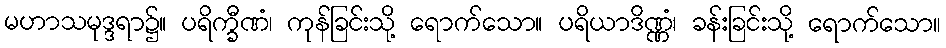
မဟာသမုဒ္ဒရာ၌။ ပရိက္ခီဏံ၊ ကုန်ခြင်းသို့ ရောက်သော။ ပရိယာဒိဏ္ဏံ၊ ခန်းခြင်းသို့ ရောက်သော။